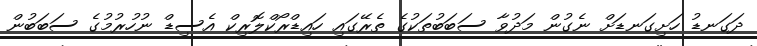
ދަގަނޑު ހަށިގަނޑަށް ނެގުން މަދުވާ ސަބަބުތަކުގެ ތެރޭގައި ހައިޑްރޯކްލޮރިކް އެސިޑް ނުހުރުމުގެ ސަބަބުން